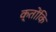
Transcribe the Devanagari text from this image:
क्तोंकि